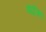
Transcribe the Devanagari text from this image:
वांद्रेकर